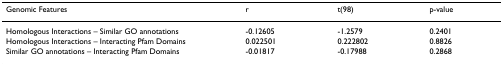
| Genomic Features | r | t(98) | p-value |
 | --- | --- | --- | --- |
 | Homologous Interactions – Similar GO annotations | -0.12605 | -1.2579 | 0.2401 |
 | Homologous Interactions – Interacting Pfam Domains | 0.022501 | 0.222802 | 0.8826 |
 | Similar GO annotations – Interacting Pfam Domains | -0.01817 | -0.17988 | 0.2868 |